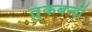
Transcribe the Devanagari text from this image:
तुकबन्दी